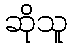
ဆိုသူ